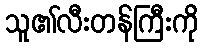
သူ၏လီးတန်ကြီးကို